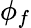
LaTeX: \phi_{f}